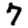
Digit: 7